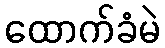
ထောက်ခံမဲ